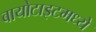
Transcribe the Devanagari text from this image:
बायोटाइटमध्ये